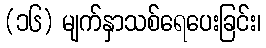
(၁၆) မျက်နှာသစ်ရေပေးခြင်း၊